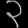
Digit: ၃